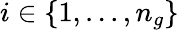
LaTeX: i\in\{ 1,...,n_{g}\}